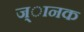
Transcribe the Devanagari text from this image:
ज्ानक